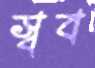
স্বব